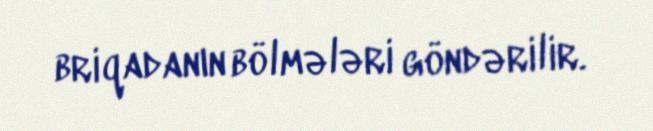
briqadanın bölmələri göndərilir.